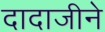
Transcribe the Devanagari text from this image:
दादाजीने